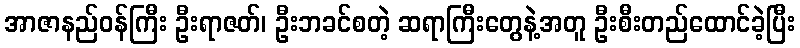
အာဇာနည်ဝန်ကြီး ဦးရာဇတ်၊ ဦးဘခင်စတဲ့ ဆရာကြီးတွေနဲ့အတူ ဦးစီးတည်ထောင်ခဲ့ပြီး